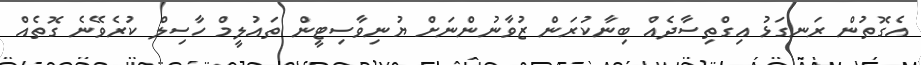
އެގޮތުން ރަނގަޅު އިގްތިސާދެއް ބިނާކުރަން ޒުވާނުންނަށް ޔުނިވާސިޓީން ތައުލީމް ހާސިލް ކުރެވޭނެ ގޮތެއް